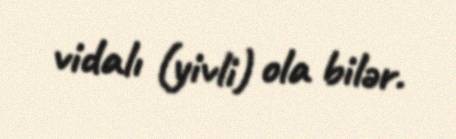
vidalı (yivli) ola bilər.